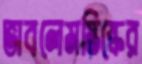
ভাবলেমস্তিষ্কের